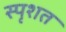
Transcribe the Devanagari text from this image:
स्पृशत